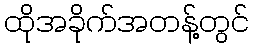
ထိုအခိုက်အတန့်တွင်